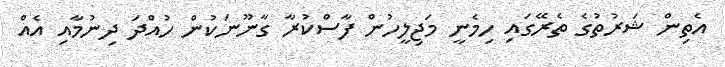
އެތިން ޝަރުތުގެ ތެރޭގައި ހިމެނީ މަޖިލީހުން ފާސްކުރާ ގާނޫނަކުން ހުއްދަ ދިނުމާއި އެއް